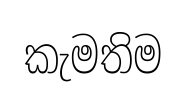
කැමතිම